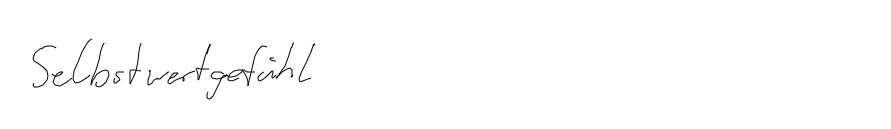
Selbstwertgefühl